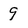
Character: 9